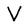
Character: V